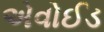
એવોઈડ